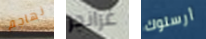
نهاجم غرانجر أرسلوك